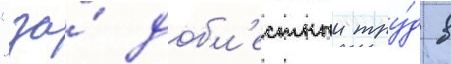
"за́ добл'естныи тру́д в